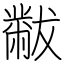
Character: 黻